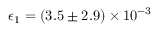
\epsilon _ { 1 } = ( 3 . 5 \pm 2 . 9 ) \times 1 0 ^ { - 3 }